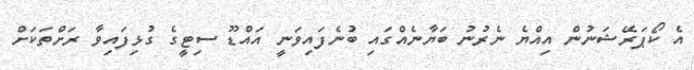
އެ ކޯޕަރޭޝަނުން އިއްޔެ ނެރުނު ބަޔާނެއްގައި ބުނެފައިވަނީ އައްޑޫ ސިޓީގެ ގުޅިފައިވާ ރަށްތަކަށް